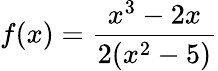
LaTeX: f(x)={\frac{x^{3}-2x}{2(x^{2}-5)}}